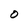
Character: O